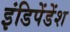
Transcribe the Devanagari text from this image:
इंडिपेंडेंश